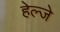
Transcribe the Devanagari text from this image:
हेल्जे